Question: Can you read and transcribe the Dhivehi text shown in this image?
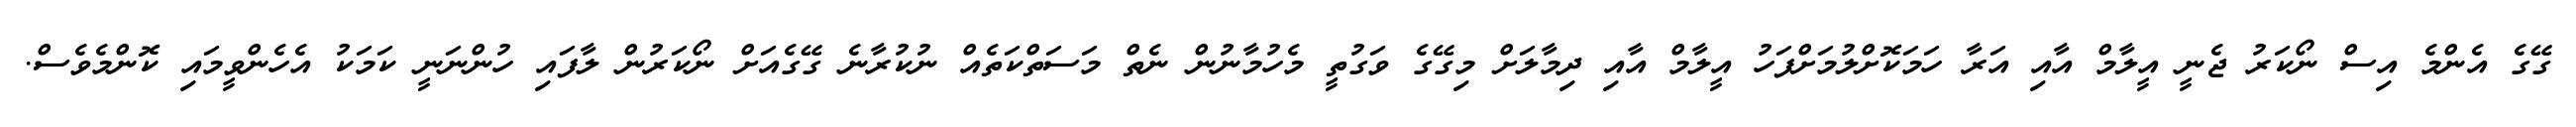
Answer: ގޭގެ އެންމެ އިސް ނޯކަރު ޖެނީ އީލާމް އާއި އަރާ ހަމަކޮށްލުމަށްފަހު އީލާމް އާއި ދިމާލަށް މިގޭގެ ވަގުތީ މެހުމާނުން ނެތް މަސަތްކަތެއް ނުކުރާނެ ގޭގެއަށް ނޯކަރުން ލާފައި ހުންނަނީ ކަމަކު އެހެންވީމައި ކޮންމެވެސް.